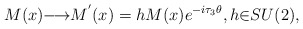
\begin{align*}M(x){\longrightarrow}M^{'}(x)=hM(x)e^{-i{\tau}_3{\theta}},h{\in}SU(2),\end{align*}